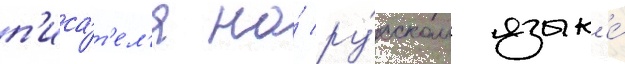
п'иса́т'ел'я на́ ру́сском язык'е́